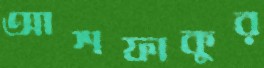
আশফাকুর